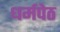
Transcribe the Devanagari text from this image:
धर्मपेठ